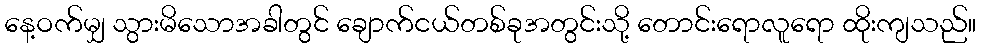
နေ့ဝက်မျှ သွားမိသောအခါတွင် ချောက်ငယ်တစ်ခုအတွင်းသို့ တောင်းရောလူရော ထိုးကျသည်။